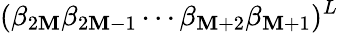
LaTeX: (\beta_{2\mathbf{M}}\beta_{2\mathbf{M}-1}\cdots\beta_{\mathbf{M}+2}\beta_{\mathbf{M}+1})^{L}